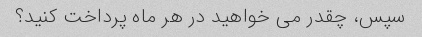
سپس، چقدر می خواهید در هر ماه پرداخت کنید؟